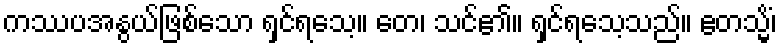
ကဿပအနွယ်ဖြစ်သော ရှင်ရသေ့။ တေ၊ သင်၏။ ရှင်ရသေ့သည်။ ဧတသ္မိံ၊